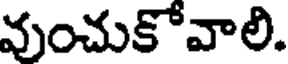
వుంచుకోవాలి.